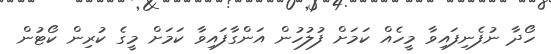
ހޯދާ ނުފެނިފައިވާ މީހެއް ކަމަށް ފުލުހުން އަންގާފައިވާ ކަމަށް މީގެ ކުރިން ކޯޓުން